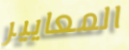
المعايير